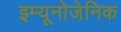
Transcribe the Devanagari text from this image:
इम्यूनोजेनिक